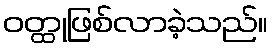
ဝတ္ထုဖြစ်လာခဲ့သည်။